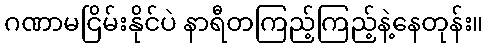
ဂဏာမငြိမ်းနိုင်ပဲ နာရီတကြည့်ကြည့်နဲ့နေတုန်း။